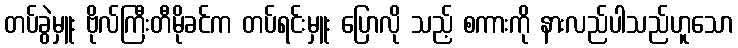
တပ်ခွဲမှူး ဗိုလ်ကြီးတီမိုခင်က တပ်ရင်းမှူး ပြောလို သည့် စကားကို နားလည်ပါသည်ဟူသော